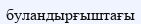
буландырғыштағы